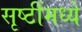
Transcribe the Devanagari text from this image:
सृष्टींमध्ये